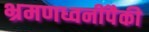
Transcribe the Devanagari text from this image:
भ्रमणध्वनींपैकी